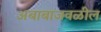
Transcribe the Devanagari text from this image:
अबाबाजवळील